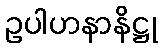
ဥပါဟနာနိဋ္ဌု